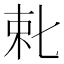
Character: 𬂥